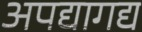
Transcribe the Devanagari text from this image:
अपद्यागद्य